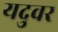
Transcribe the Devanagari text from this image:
यदुवर